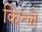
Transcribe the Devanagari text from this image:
किन्ले